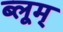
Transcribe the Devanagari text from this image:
ब्लूम्